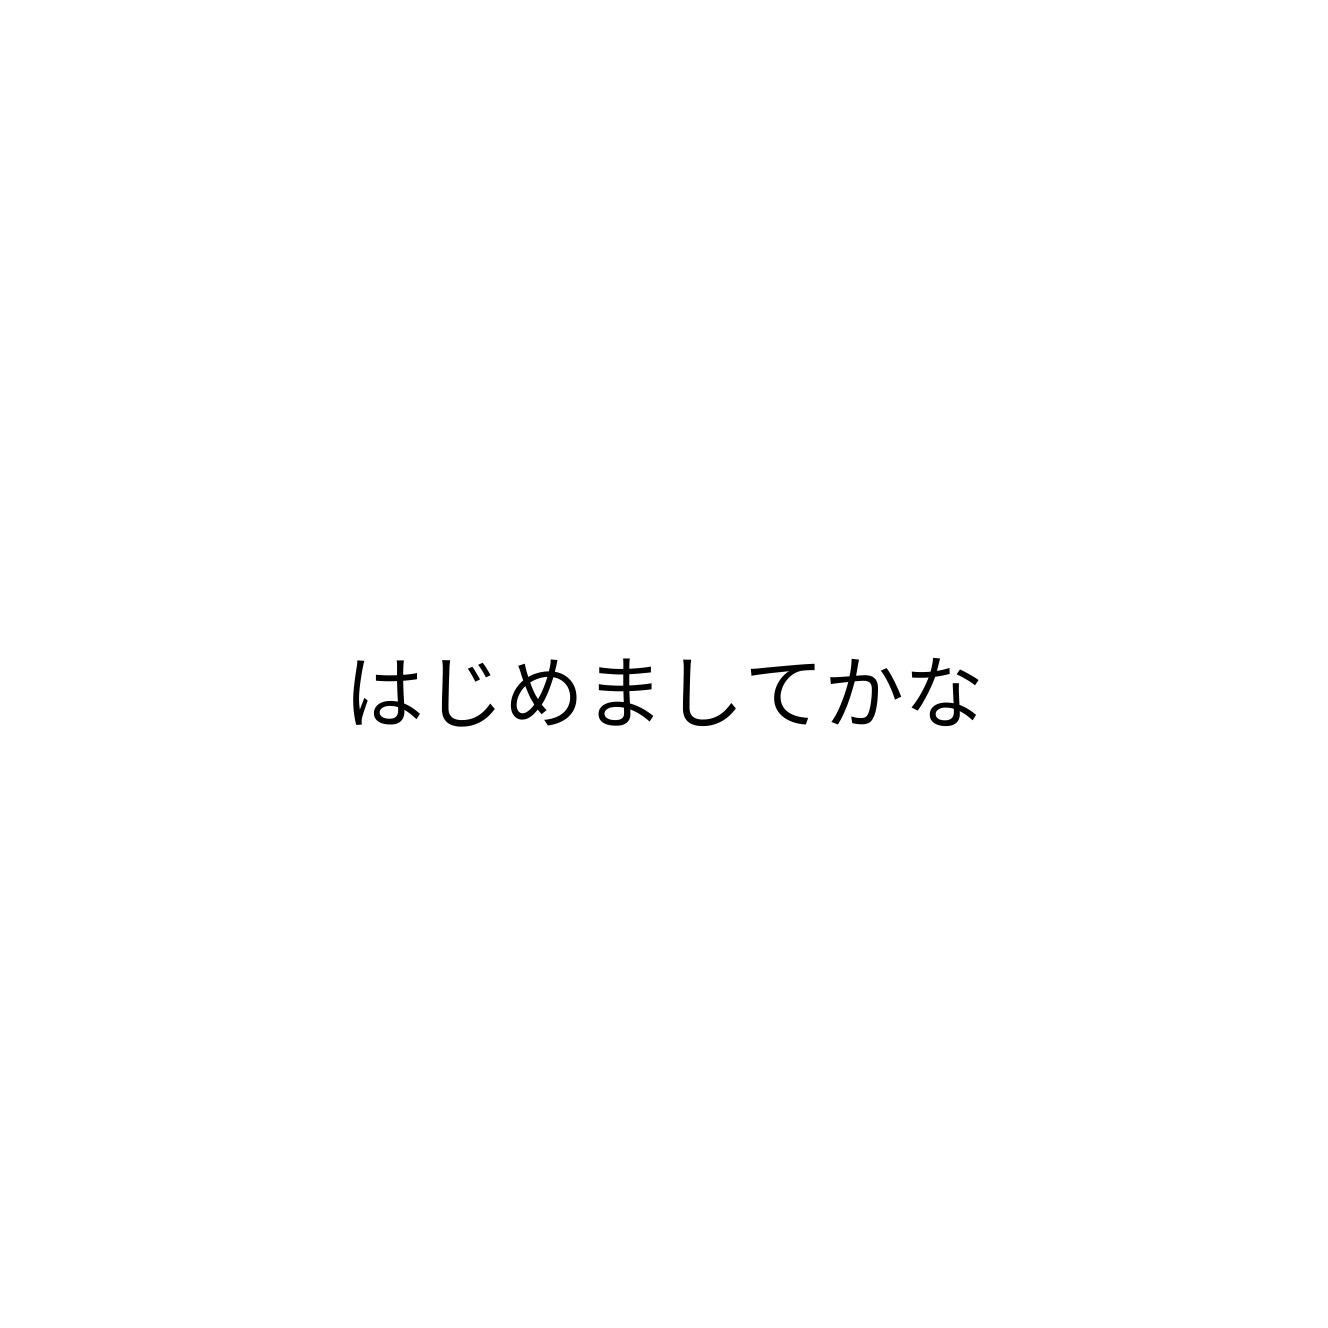
はじめましてかな